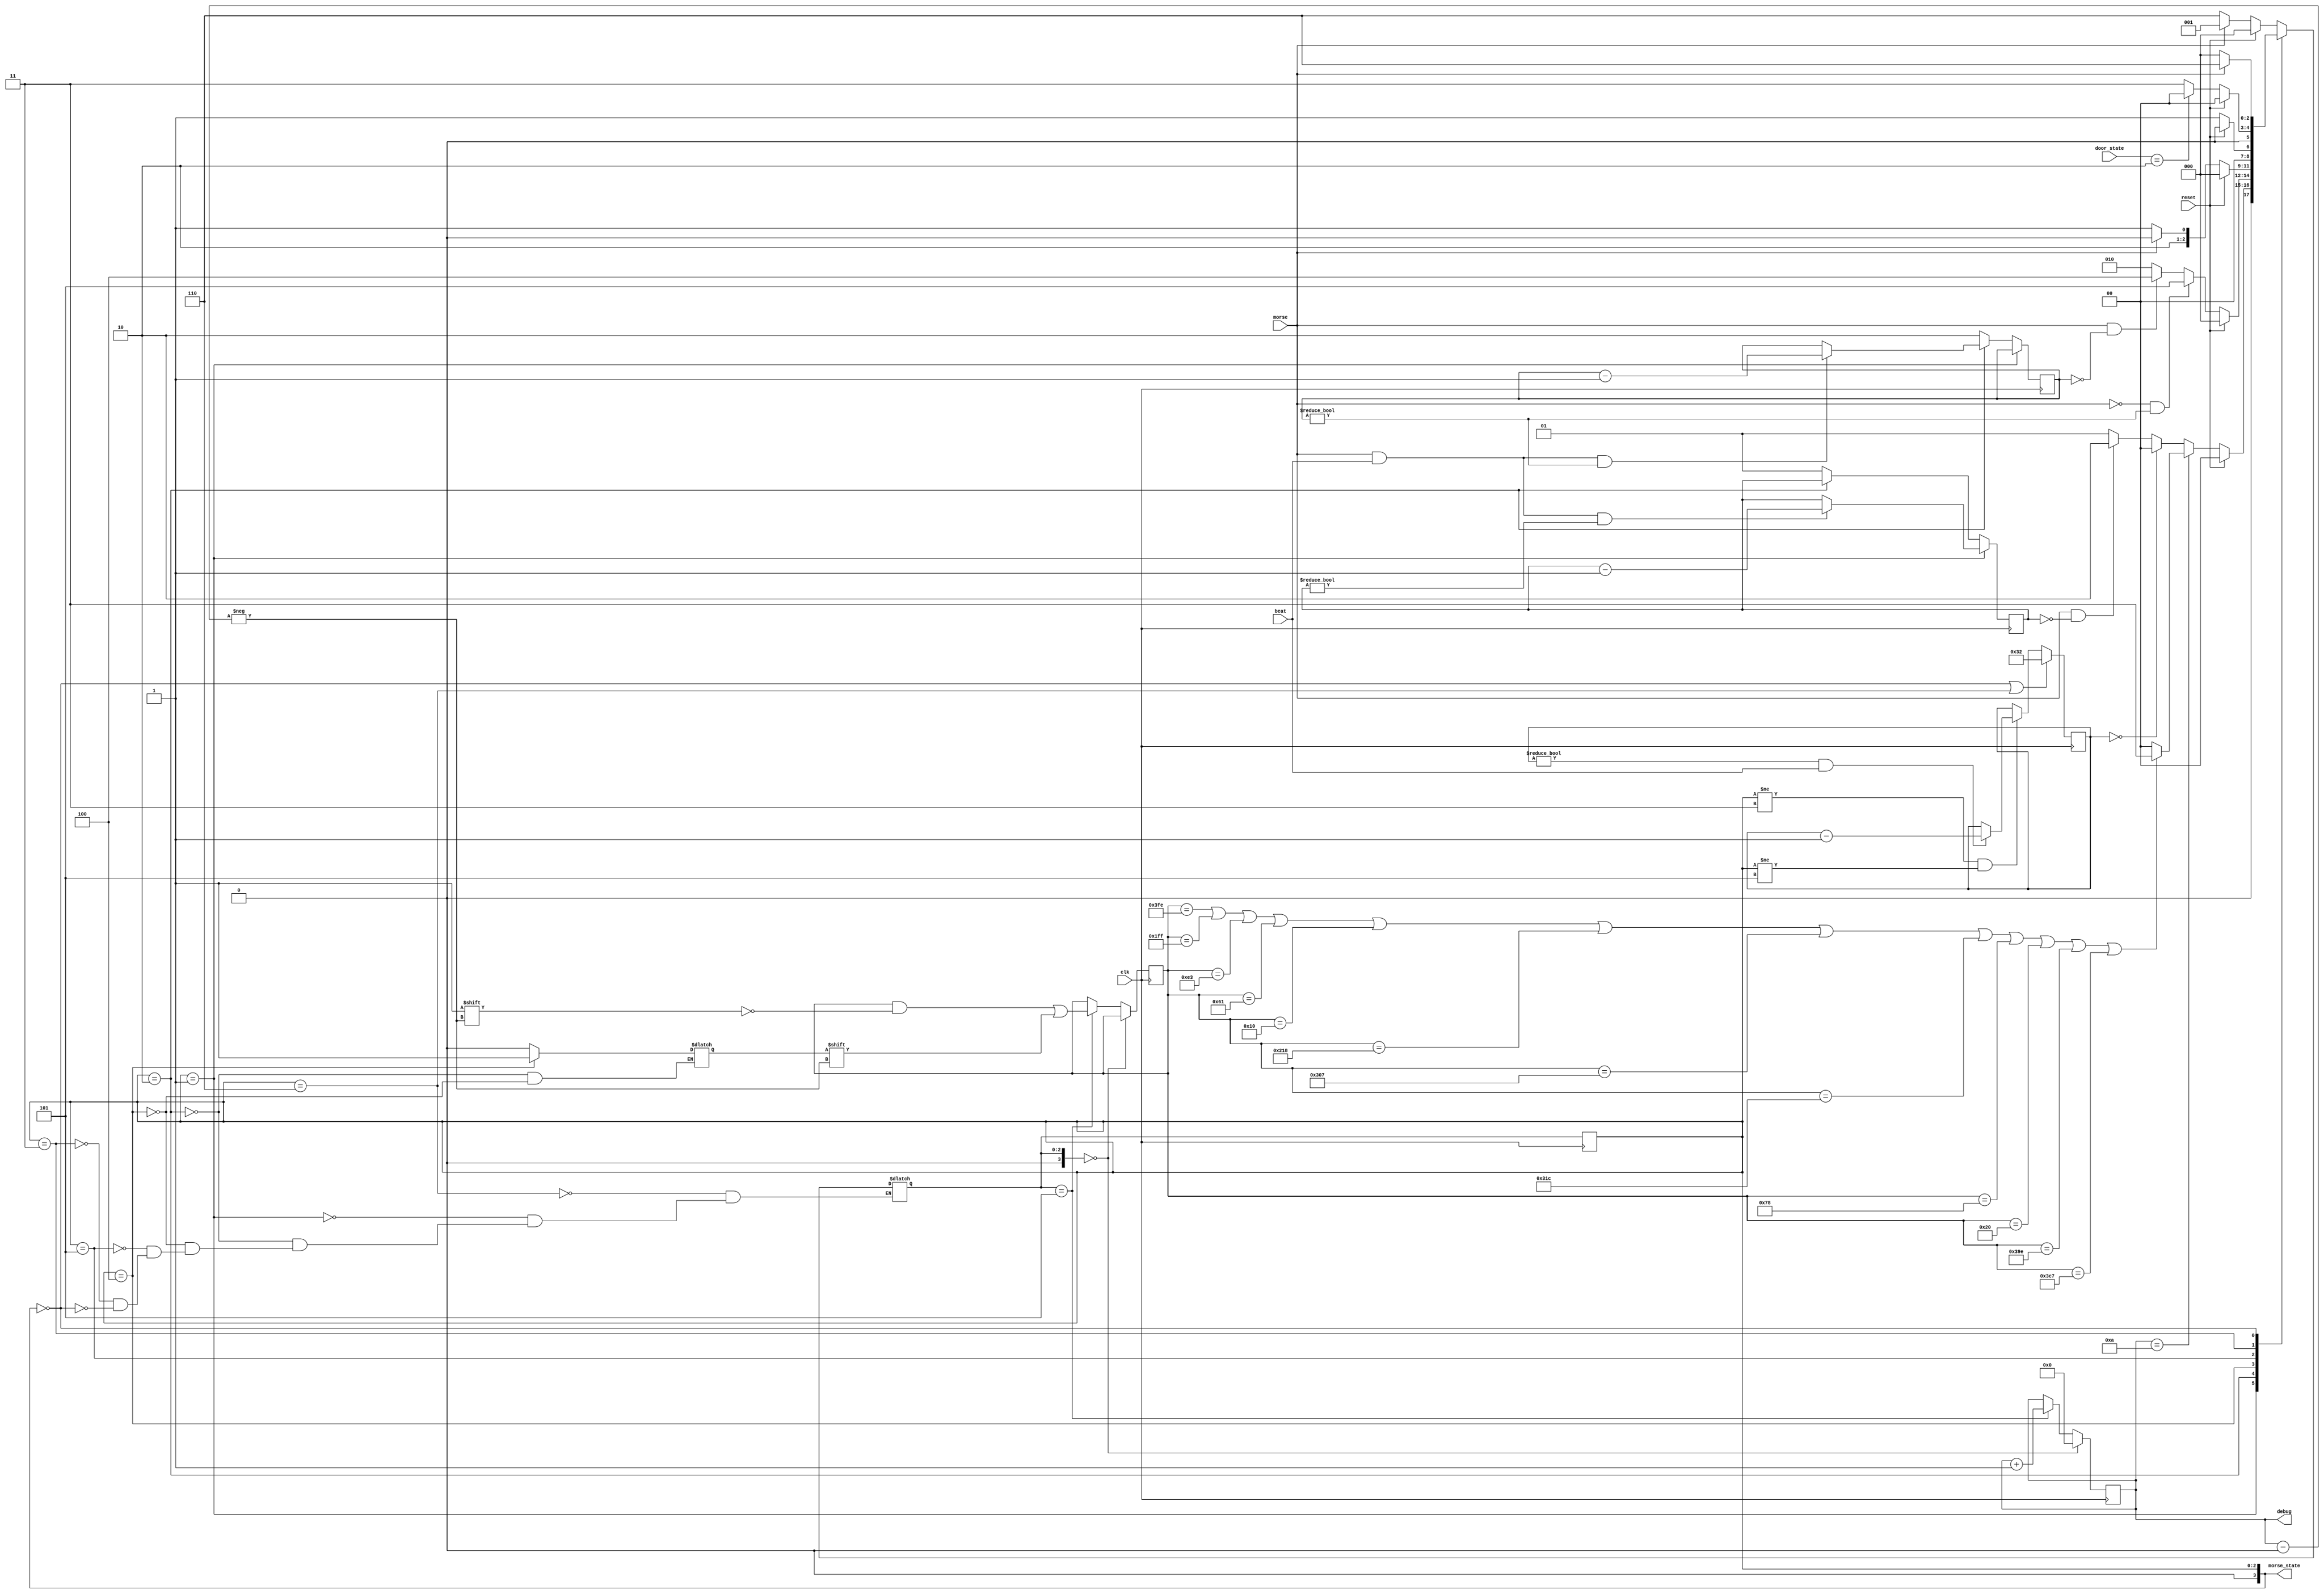
`timescale 1ns / 1ps

module DoorExitFSM(
    input wire clk,                // Clock signal
    input wire morse,              // Input for Morse signal
    input wire reset,              // Input for reset signal
    input wire [2:0] door_state,  // Current state of the door
    input wire beat,               // Beat signal for timing
    output reg [3:0] morse_state,  // Output representing the state of the Morse FSM
    output reg [3:0] debug         // Output for debugging purposes
);

    // Define FSM states as parameters
    parameter Closed=3'd0, Open=3'd1, BeginClose=3'd2, BeginOpen=3'd3;
    // Door FSM as parameters
    parameter CLEAR=3'd0, IDLE=3'd1, DOT=3'd2, DASH=3'd4, OUTPUT=3'd5, INIT=3'd6; // BeginOpen=3'd3
    
    // Define registers for FSM state, next state, current input, valid inputs, and timeouts
    reg [9:0] current_input;
    reg [3:0] state, nextstate;
    reg [9:0] valid1, valid2, valid3, valid4, valid5, valid6, 
              valid7, valid8, valid9, valid10, valid11, valid12;
    
    reg one_bit;
    reg [3:0] cnt;
    reg [1:0] dot_timeout, dash_timeout;
    reg [5:0] timeout;
    
    // Initialize count, state, next state, valid inputs, and timeouts
    initial begin
        cnt = 0;                        // Initialize count to 0
        state = CLEAR;                  // Initialize state to CLEAR
        nextstate = CLEAR;              // Initialize next state to CLEAR
    
        // Define valid Morse code inputs
        valid1= 10'b11_1111_1110;
        valid2= 10'b01_1111_1111;
        valid3= 10'b00_1110_0011;
        valid4= 10'b00_0110_0001;
        valid5= 10'b00_0001_0000;
        valid6= 10'b10_0001_1000;
        valid7= 10'b11_0000_0111;
        valid8= 10'b11_0001_1100;
        valid9= 10'b00_0111_1000;
        valid10= 10'b00_0010_0000;
        valid11= 10'b11_1001_1110;
        valid12= 10'b11_1100_0111;
    end

    // Synchronize state and current input on positive clock edge
    always @(posedge clk) begin 
        if (nextstate == CLEAR) begin
            current_input = 10'd0;      // Reset current input
            cnt = 4'd0;                  // Reset count
        end else if (nextstate == OUTPUT) begin
            current_input[cnt] <= one_bit; // Assign current bit
            cnt <= cnt + 1;                // Increment count
        end
        
        state = nextstate;                  // Update state
    end
    
    // Synchronize dot_timeout and dash_timeout
    always @(posedge clk) begin
        if (state == IDLE) begin
            if (morse && beat && dot_timeout != 0) dot_timeout <= dot_timeout - 1; // Decrement dot timeout
        end else if (state == DOT) begin
            if (morse && beat && dash_timeout != 0) dash_timeout <= dash_timeout - 1; // Decrement dash timeout
        end else begin
            dot_timeout = 2'd1;          // Reset dot timeout
            dash_timeout = 2'd2;         // Reset dash timeout
        end
    end
    
    // Synchronize timeout
    always @(posedge clk) begin
        if (state == CLEAR || state == INIT) timeout = 6'd50; // Set initial timeout
        else if (state != BeginOpen && state != OUTPUT) begin
            if (timeout != 0 && beat) timeout <= timeout - 1'b1; // Decrement timeout if not zero
        end
    end
    
    // nextstate logic
    always @(*) begin
        case(state)
            INIT: begin
                if (reset) nextstate = CLEAR;
                else if (morse) nextstate = IDLE;
                else nextstate = INIT;
                
            end
    
            IDLE: begin
                if (reset) nextstate = CLEAR;
                else if (cnt == 4'd10) begin
                    if (current_input == valid1 || current_input == valid2 || current_input == valid3
                     || current_input == valid4 || current_input == valid5 || current_input == valid6
                     || current_input == valid7 || current_input == valid8 || current_input == valid9
                     || current_input == valid10|| current_input == valid11|| current_input == valid12) begin
                        nextstate = BeginOpen; // Transition to BeginOpen if valid Morse code input received
                    end else nextstate = CLEAR; // Otherwise, reset state
                end else if (timeout == 0) nextstate = CLEAR; // Reset state if timeout
                else if (morse && dot_timeout == 0) nextstate = DOT; // Transition to DOT if dot timeout
                else nextstate = IDLE; // Remain in IDLE otherwise
            end
            
            DOT: begin
                one_bit = 1'b0; // Set one bit for DOT
                if (reset) nextstate = CLEAR; // Reset state if reset signal
                else if (!morse && dash_timeout != 0) nextstate = OUTPUT; // Transition to OUTPUT if not Morse signal and dash timeout
                else if (morse && dash_timeout == 0) nextstate = DASH; // Transition to DASH if Morse signal and dash timeout
                else nextstate = DOT; // Remain in DOT otherwise
            end
            
            DASH: begin
                one_bit = 1'b1; // Set one bit for DASH
                if (reset) nextstate = CLEAR; // Reset state if reset signal
                else if (morse) nextstate = DASH; // Remain in DASH if Morse signal
                else nextstate = OUTPUT; // Transition to OUTPUT otherwise
            end
            
            OUTPUT: begin
                if (reset) nextstate = CLEAR; // Reset state if reset signal
                else nextstate = IDLE; // Transition to IDLE otherwise
            end
            
            BeginOpen: begin
                if (reset) nextstate = CLEAR; // Reset state if reset signal
                else if (door_state == BeginClose) nextstate = CLEAR; // Reset state if door begins closing
                else nextstate = BeginOpen; // Remain in BeginOpen otherwise
            end
                 
            CLEAR: begin
                if (morse) nextstate = INIT; // Transition to INIT if Morse signal
                else nextstate = CLEAR; // Remain in CLEAR otherwise
            end
            
        endcase
    end
    
    // output logic
    always @(*) begin
        morse_state = state;
        debug = cnt;
    end
    
    endmodule